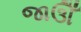
જાઊઁ